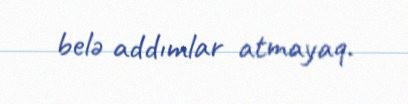
belə addımlar atmayaq.